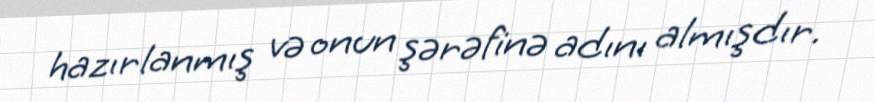
hazırlanmış və onun şərəfinə adını almışdır.